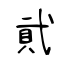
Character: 貮